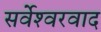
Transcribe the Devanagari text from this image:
सर्वेश्‍वरवाद